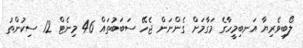
ލޯބިވެރިޔާ އަނބިމީހާގެ މަގާމަށް ގެންނަން ޖެހޭ ސަބަބުތައް 46 މިނެޓް 12 ސިކުންތު